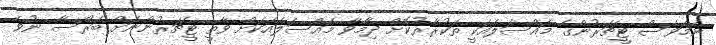
ނަމަވެސް ޓީޗަރުންގެ މައްސަލައަކީ ތަކުރާރުކޮށް ދިމާވާ މައްސަލައަކަށް ވާތީ ޓީޗަރުންނަށް ބަރޯސާ ނުވެ